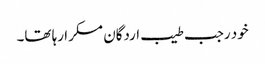
خود رجب طیب اردگان مسکرا رہا تھا۔